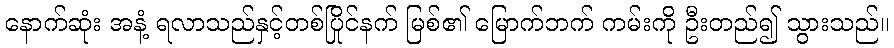
နောက်ဆုံး အနံ့ ရလာသည်နှင့်တစ်ပြိုင်နက် မြစ်၏ မြောက်ဘက် ကမ်းကို ဦးတည်၍ သွားသည်။